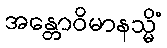
အန္တောဝိမာနသ္မိံ